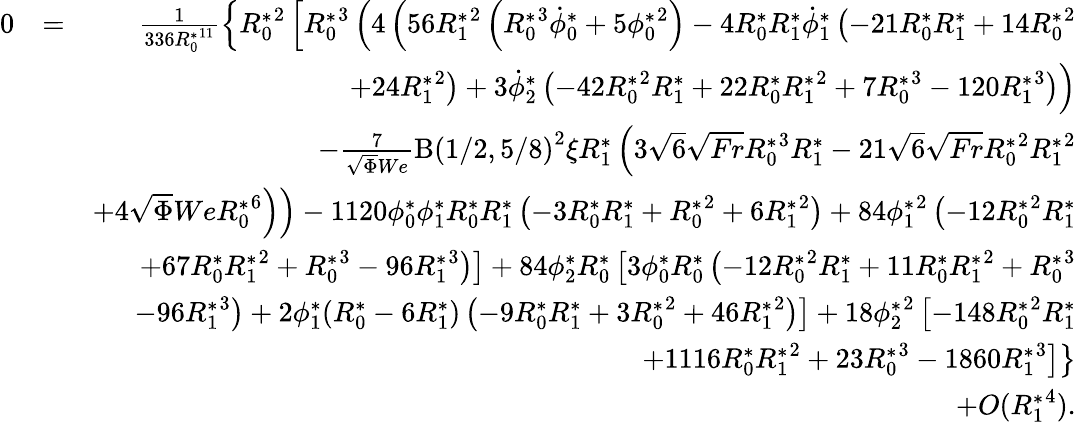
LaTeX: \begin{array}{rlr}{0}&{=}&{\frac{1}{336{R_{0}^{*}}^{11}}\left\{ {R_{0}^{*}}^{2}\left[{R_{0}^{*}}^{3}\left(4\left(56{R_{1}^{*}}^{2}\left({R_{0}^{*}}^{3}\dot{\phi}_{0}^{*}+5{\phi_{0}^{*}}^{2}\right)-4{R_{0}^{*}}{R_{1}^{*}}\dot{\phi}_{1}^{*}\left(-21{R_{0}^{*}}{R_{1}^{*}}+14{R_{0}^{*}}^{2}\right.\right.\right.\right.\right.}\\ &{}&{\left.\left.\left.\left.\left.+24{R_{1}^{*}}^{2}\right)+3\dot{\phi}_{2}^{*}\left(-42{R_{0}^{*}}^{2}{R_{1}^{*}}+22{R_{0}^{*}}{R_{1}^{*}}^{2}+7{R_{0}^{*}}^{3}-120{R_{1}^{*}}^{3}\right)\right)\right.\right.\right.}\\ &{}&{\left.\left.\left.-\frac{7}{\sqrt{\Phi}We}\mathrm{B}\left(1/2,5/8\right)^{2}\xi{R_{1}^{*}}\left(3\sqrt{6}\sqrt{Fr}{R_{0}^{*}}^{3}{R_{1}^{*}}-21\sqrt{6}\sqrt{Fr}{R_{0}^{*}}^{2}{R_{1}^{*}}^{2}\right.\right.\right.\right.}\\ &{}&{\left.\left.\left.\left.+4\sqrt{\Phi}We{R_{0}^{*}}^{6}\right)\right)-1120{\phi_{0}^{*}}{\phi_{1}^{*}}{R_{0}^{*}}{R_{1}^{*}}\left(-3{R_{0}^{*}}{R_{1}^{*}}+{R_{0}^{*}}^{2}+6{R_{1}^{*}}^{2}\right)+84{\phi_{1}^{*}}^{2}\left(-12{R_{0}^{*}}^{2}{R_{1}^{*}}\right.\right.\right.}\\ &{}&{\left.\left.\left.+67{R_{0}^{*}}{R_{1}^{*}}^{2}+{R_{0}^{*}}^{3}-96{R_{1}^{*}}^{3}\right)\right]+84{\phi_{2}^{*}}{R_{0}^{*}}\left[3{\phi_{0}^{*}}{R_{0}^{*}}\left(-12{R_{0}^{*}}^{2}{R_{1}^{*}}+11{R_{0}^{*}}{R_{1}^{*}}^{2}+{R_{0}^{*}}^{3}\right.\right.\right.}\\ &{}&{\left.\left.-96{R_{1}^{*}}^{3}\right)+2{\phi_{1}^{*}}({R_{0}^{*}}-6{R_{1}^{*}})\left(-9{R_{0}^{*}}{R_{1}^{*}}+3{R_{0}^{*}}^{2}+46{R_{1}^{*}}^{2}\right)\right]+18{\phi_{2}^{*}}^{2}\left[-148{R_{0}^{*}}^{2}{R_{1}^{*}}\right.}\\ &{}&{\left.\left.+1116{R_{0}^{*}}{R_{1}^{*}}^{2}+23{R_{0}^{*}}^{3}-1860{R_{1}^{*}}^{3}\right]\right\} }\\ &{}&{+O({R_{1}^{*}}^{4}).}\end{array}